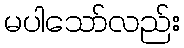
မပါသော်လည်း